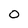
Character: 0